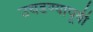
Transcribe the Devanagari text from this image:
उघडण्यापूर्वी